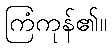
ကြံကုန်၏။